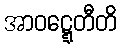
အာဝဋ္ဋေတီတိ